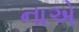
નાએ